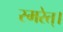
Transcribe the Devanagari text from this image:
स्मरेत्‌।